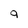
Character: 9